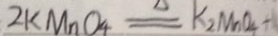
2 k M n O _ { 4 } \xlongequal { \Delta } k _ { 2 } M n O _ { 4 } +